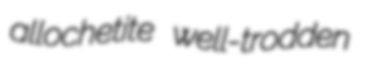
allochetite well-trodden